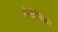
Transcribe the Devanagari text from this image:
सेर्कनिका